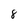
Character: 8